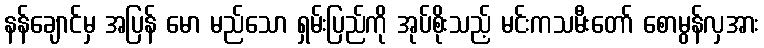
နန်ချောင်မှ အပြန် မော မည်သော ရှမ်းပြည်ကို အုပ်စိုးသည့် မင်းကသမီးတော် စောမွန်လှအား